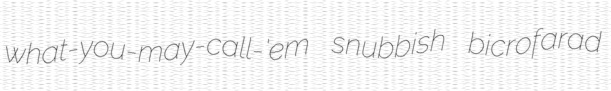
what-you-may-call-'em snubbish bicrofarad